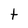
Character: t